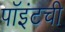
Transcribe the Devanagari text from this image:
पॉइंटची